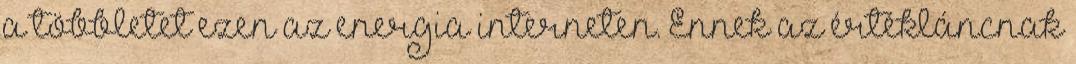
a többletet ezen az energia interneten. Ennek az értékláncnak